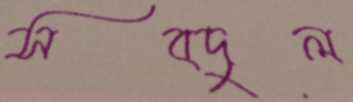
সবদুল